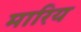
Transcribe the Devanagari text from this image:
मारिय